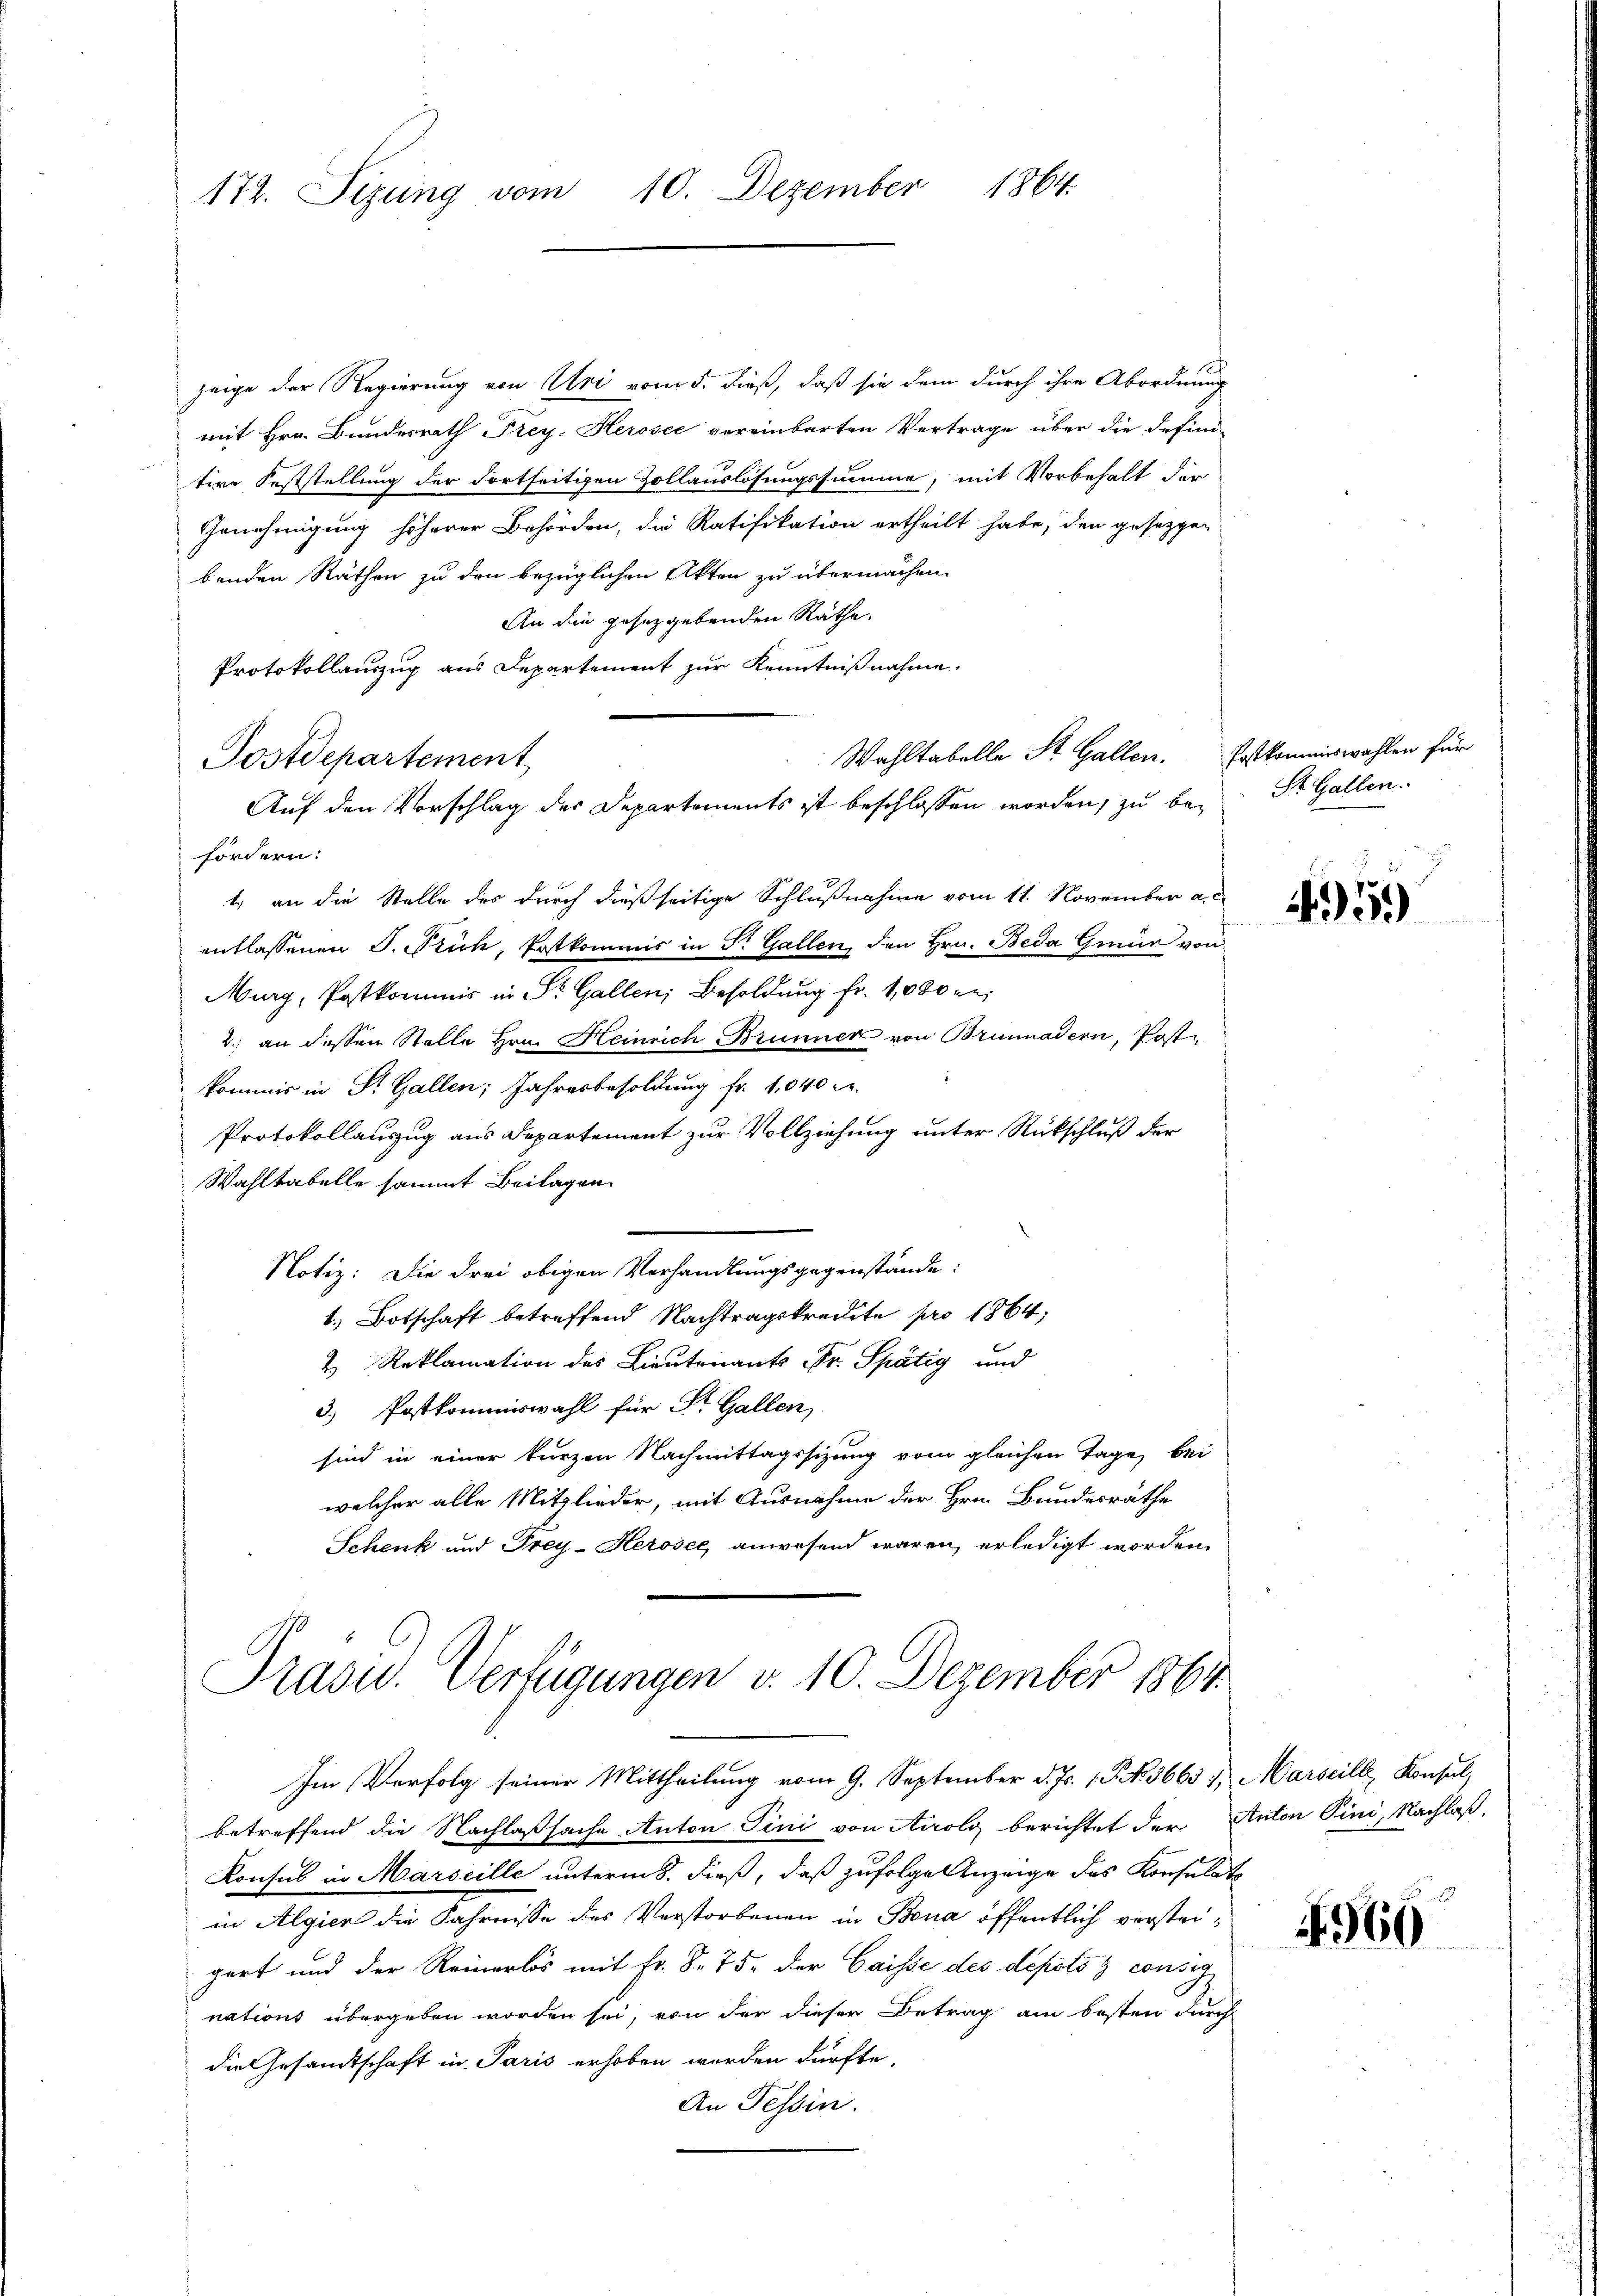
172. Sizung vom 10. Dezember 1864.

zeige der Regierung von Uri vom 5. dieß, daß sie dem durch ihre Abordnung
mit Hrn. Bundesrath Frey- Herosec vereinbarten Vertrage über die defini-
tive Feststellung der Fortseitigen Zollauslösungssumme, mit Vorbehalt der
Genehmigung höherer Behörden, die Ratifikation ertheilt habe, den gesezgen
benden Räthen zu den bezüglichen Akten zu übermachen.
An die gesetzgebenden Räthe.
Protokollauszug aus Departement zur Kenntnißnahme.
Postdepartement
fördern:
1.) an die Stelle des durch dießseitige Schlußnahme vom 11. November a.c.
entlassenen J. Stich, Postkommis in Dr. Gallen, den Hrn. Beda Ging von
Murg, Postkommis in St. Gallen, Besoldung fr. 1000 re
2. an dessen Stelle Hrn. Heinrich, Brunner von Brunnadern, Post
kommis in St. Gallen; Jahresbesoldung fr. 1,040 c.
Protokollauszug aus Departement zur Vollziehung unter Rückschluß der
Wahltabelle sammt Beilagen
Notiz: Die drei obigen Verhandlungsgegenstände:
1.) Botschaft betreffend Nachtragskreisite pro 1864,
2 Reklamation des Lieutenant Fr. Spätig und
3.) Postkommiswahl für St. Gallen,
sind in einer kurzen Nachmittagssizung vom gleichen Tage bei
welcher alle Mitglieder, mit Ausnahme der Hrn. Bundesräthe
Schenk und Frey-Heroser anwesend waren, erledigt worden.
Präsid. Verfügungen v. 10. Dezember 1864
Im Verfolg seiner Mittheilung vom 9. September d. Js. 1 S. 3663 7 Marseill, Konsul,
betreffend die Nachlaßsache Anton Tini von Airolg berichtet der Anton Pini, Nachlaß
Konsul in Marseille unterm 8. dieß, daß zufolge Anzeige des Konsulats
in Algien die Fahrnisse des Verstorbenen in Bona öffentlich versteigert und der Reinerlös mit Fr. 8. 75. der Caisse des depots consig
nations übergeben worden sei, von der dieser Betrag am besten durch
die Gesamtschaft in Paris erhoben worden dürfte,
An Tessin.

Auf den Vorschlag des Departements ist beschlossen worden, zu be¬

Wahltabelle St. Gallen. Erstkommiswahlen für

St. Gallen.

495.

4966